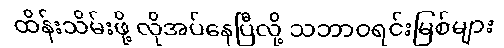
ထိန်းသိမ်းဖို့ လိုအပ်နေပြီလို့ သဘာဝရင်းမြစ်များ